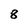
Character: 8